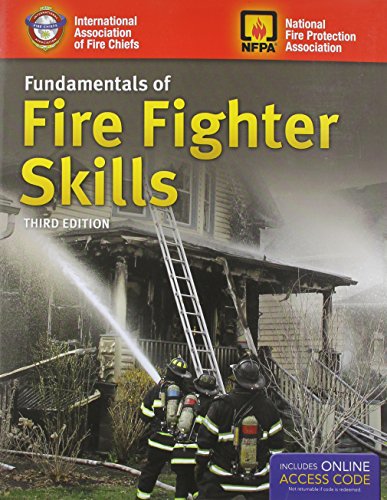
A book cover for Fundamentals Of Fire Fighter Skills; IAFC; Engineering & Transportation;